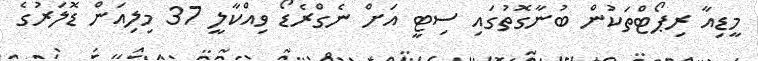
މީޑިއާ ރިޕޯޓްތަކުން ބުނާގޮތުގައި ސިޓީ އަށް ނެގްރެޑޯ ވިއްކާލީ 37 މިލިއަން ޑޮލަރުގެ